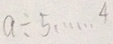
a \div 5 \cdots 4